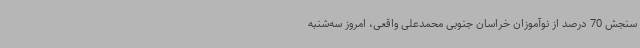
سنجش 70 درصد از نوآموزان خراسان جنوبی محمدعلی واقعی، امروز سه‌شنبه